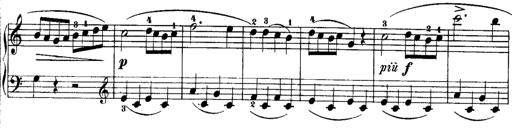
Title: Rondos and Sonatinas for Pianoforte
Composer: Daniel Steibelt